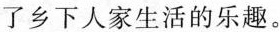
了乡下人家生活的乐趣。